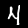
Label: 4